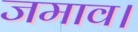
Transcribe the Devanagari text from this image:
जमाव।